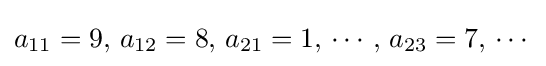
a_{11}=9,\,a_{12}=8,\,a_{21}=1,\,\cdots ,\,a_{23}=7,\,\cdots